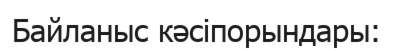
Байланыс кәсіпорындары: